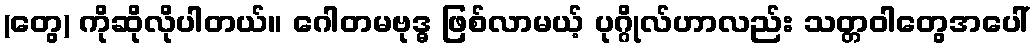
(တွေ) ကိုဆိုလိုပါတယ်။ ဂေါတမဗုဒ္ဓ ဖြစ်လာမယ့် ပုဂ္ဂိုလ်ဟာလည်း သတ္တဝါတွေအပေါ်